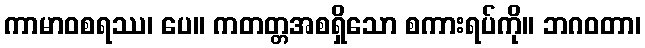
ကာမာဝစရဿ၊ ပေ။ ကတတ္တအစရှိသော စကားရပ်ကို။ ဘဂဝတာ၊